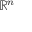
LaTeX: \textstyle \mathbb { R } ^ { n }